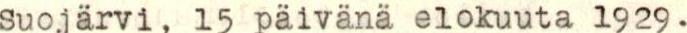
Suojärvi, 15 päivänä elokuuta 1929.